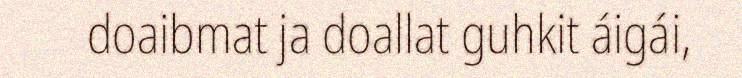
doaibmat ja doallat guhkit áigái,